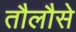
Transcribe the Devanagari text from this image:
तौलौसे